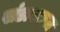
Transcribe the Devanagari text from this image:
खंडावकल